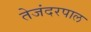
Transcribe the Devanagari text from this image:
तेजंदरपाल